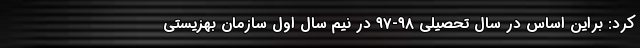
کرد: براین اساس در سال تحصیلی ۹۸-۹۷ در نیم سال اول سازمان بهزیستی